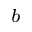
^ { b }